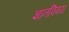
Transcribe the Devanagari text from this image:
ज्ञानविषय